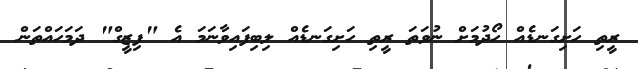
ރީތި ހަށިގަނޑެއް ހޯދުމަށް ނުވަތަ ރީތި ހަށިގަނޑެއް ލިބިފައިވާނަމަ އެ "ފިޒީގް" ދަމަހައްތަން